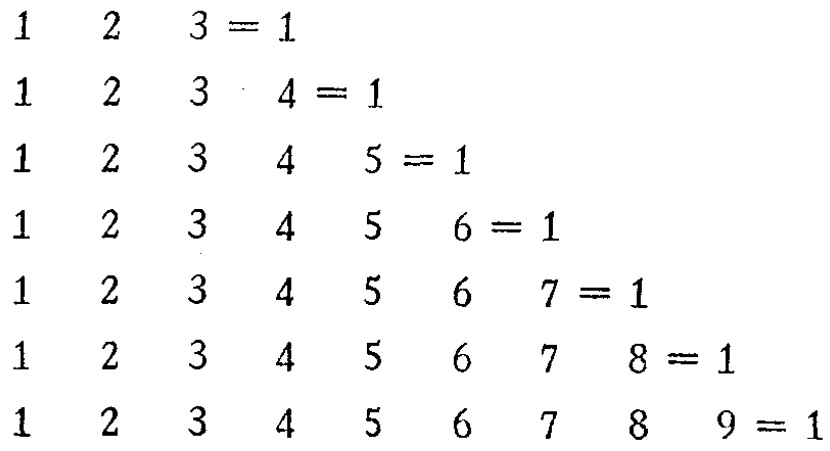
\begin{align*}

1\quad 2\quad 3&= 1\\

1\quad 2\quad 3\quad 4&= 1\\

1\quad 2\quad 3\quad 4\quad 5&= 1\\

1\quad 2\quad 3\quad 4\quad 5\quad 6&= 1\\

1\quad 2\quad 3\quad 4\quad 5\quad 6\quad 7&= 1\\

1\quad 2\quad 3\quad 4\quad 5\quad 6\quad 7\quad 8&= 1\\

1\quad 2\quad 3\quad 4\quad 5\quad 6\quad 7\quad 8\quad 9&= 1

\end{align*}